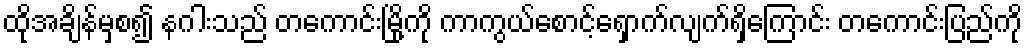
ထိုအချိန်မှစ၍ နဂါးသည် တကောင်းမြို့ကို ကာကွယ်စောင့်ရှောက်လျက်ရှိကြောင်း တကောင်းပြည်ကို